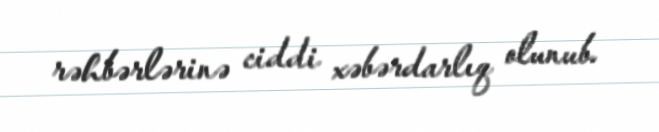
rəhbərlərinə ciddi xəbərdarlıq olunub.